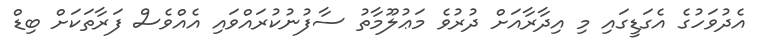
އެދުވަހުގެ އެގަޑީގައި މި އިދާރާއަށް ދުރުވެ މަޢުލޫމާތު ސާފުނުކުރައްވައި އެއްވެސް ފަރާތަކަށް ބިޑް